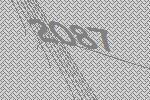
2087